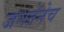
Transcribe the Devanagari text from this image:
जनतेनेच